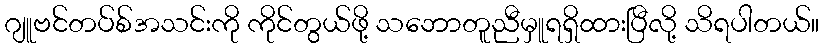
ဂျူဗင်တပ်စ်အသင်းကို ကိုင်တွယ်ဖို့ သဘောတူညီမှူရရှိထားပြီလို့ သိရပါတယ်။